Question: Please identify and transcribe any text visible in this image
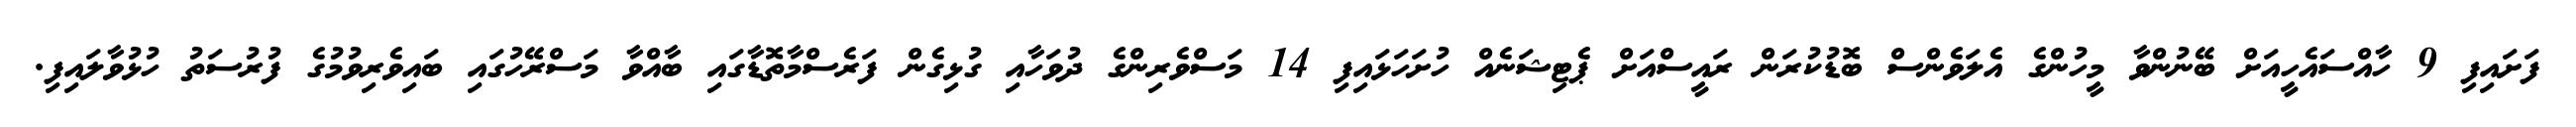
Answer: ފަށައިފި 9 ހާއްސައެހީއަށް ބޭނުންވާ މީހުންގެ އެލަވެންސް ބޮޑުކުރަން ރައީސްއަށް ޕެޓިޝަނެއް ހުށަހަޅައިފި 14 މަސްވެރިންގެ ދުވަހާއި ގުޅިގެން ފަރެސްމާތޮޑާގައި ބާއްވާ މަސްރޭހުގައި ބައިވެރިވުމުގެ ފުރުސަތު ހުޅުވާލައިފި.